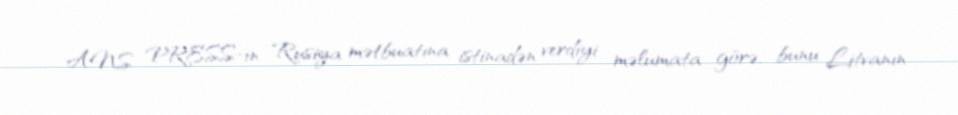
ANS PRESS-in Rusiya mətbuatına istinadən verdiyi məlumata görə, bunu Litvanın